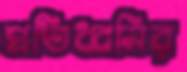
প্রতিধ্বনির